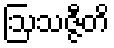
ဩသဇ္ဇီတိ